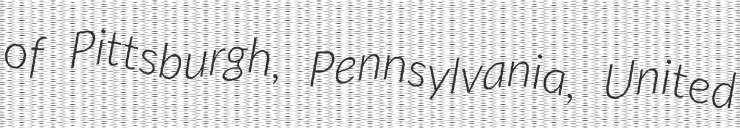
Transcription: of Pittsburgh, Pennsylvania, United